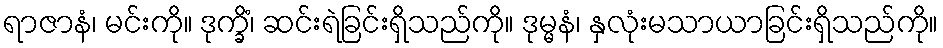
ရာဇာနံ၊ မင်းကို။ ဒုက္ခိံ၊ ဆင်းရဲခြင်းရှိသည်ကို။ ဒုမ္မနံ၊ နှလုံးမသာယာခြင်းရှိသည်ကို။